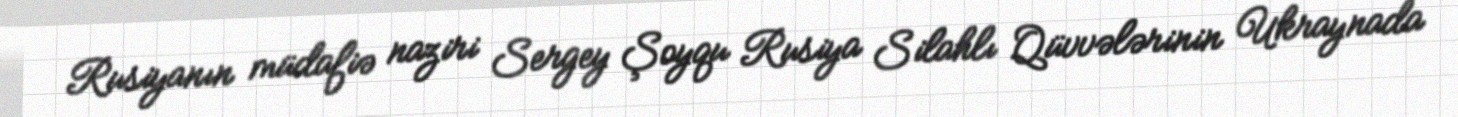
Rusiyanın müdafiə naziri Sergey Şoyqu Rusiya Silahlı Qüvvələrinin Ukraynada